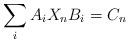
LaTeX: \begin{align*}\sum_{i}A_{i}X_{n}B_{i}=C_{n} \end{align*}